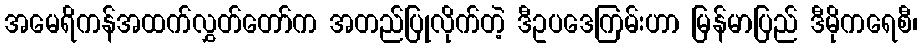
အမေရိကန်အထက်လွှတ်တော်က အတည်ပြုလိုက်တဲ့ ဒီဥပဒေကြမ်းဟာ မြန်မာပြည် ဒီမိုကရေစီ၊